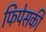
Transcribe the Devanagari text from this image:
फिपेसकी